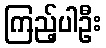
ကြည့်ပါဦး